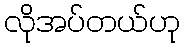
လိုအပ်တယ်ဟု